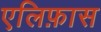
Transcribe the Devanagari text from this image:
एलिफ़ास